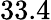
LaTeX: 33.4